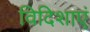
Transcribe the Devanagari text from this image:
विदिशाएं